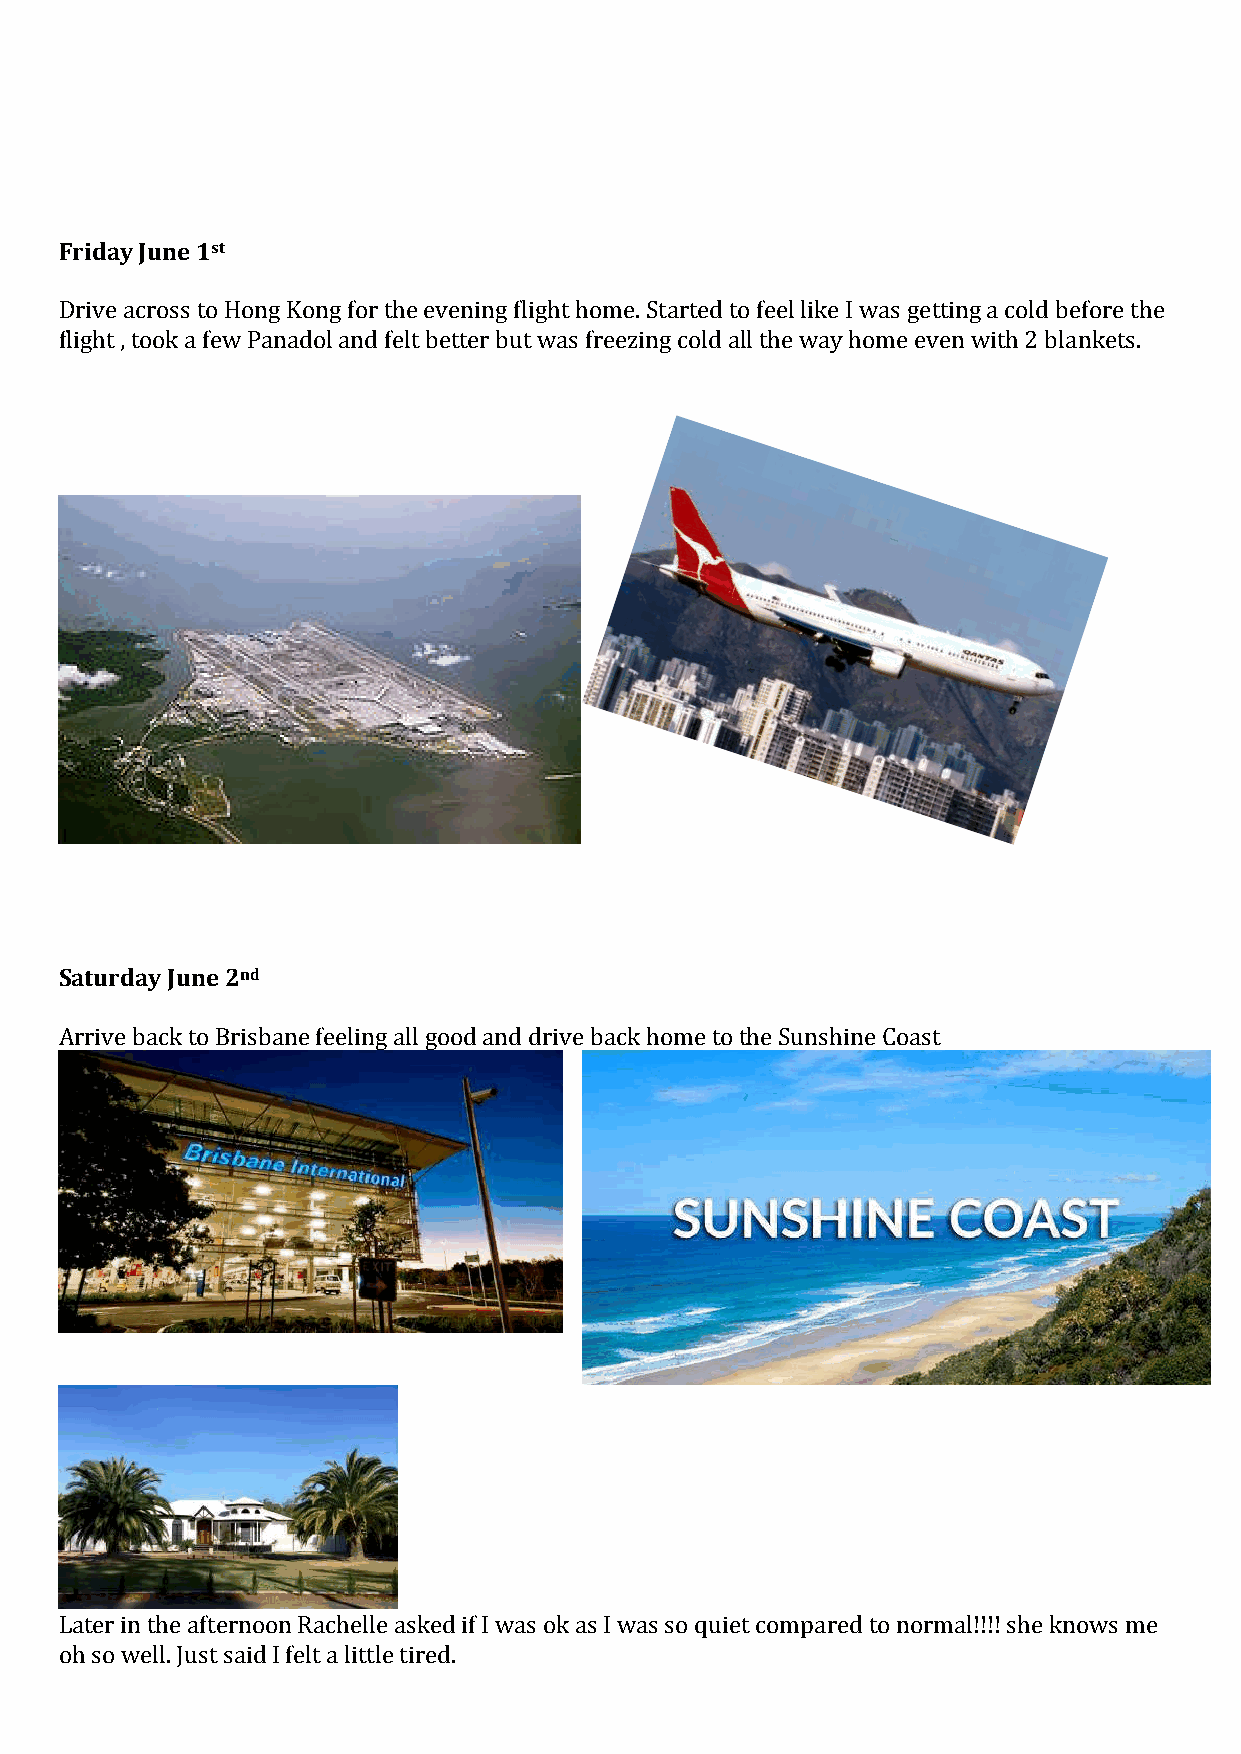
Friday June 1st
 Drive across to Hong Kong for the evening flight home. Started to feel like I was getting a cold before the
 flight , took a few Panadol and felt better but was freezing cold all the way home even with 2 blankets.
 Saturday June 2nd
 Arrive back to Brisbane feeling all good and drive back home to the Sunshine Coast
 Later in the afternoon Rachelle asked if I was ok as I was so quiet compared to normal!!!! she knows me
 oh so well. Just said I felt a little tired.